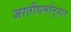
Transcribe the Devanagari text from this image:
जातीधर्मानुसार